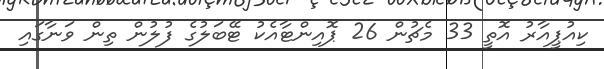
ކިއުޕީއާރު އޮތީ 33 މެޗުން 26 ޕޮއިންޓާއެކު ޓޭބަލުގެ ފުލުން ތިން ވަނާގައި